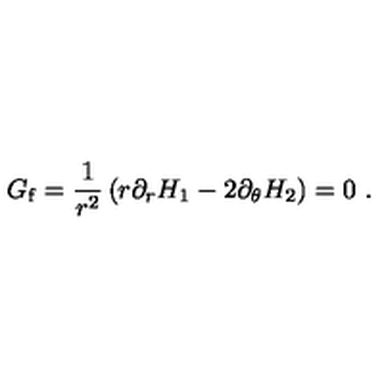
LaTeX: G _ { \mathrm { f } } = \frac { 1 } { r ^ { 2 } } \left( r \partial _ { r } H _ { 1 } - 2 \partial _ { \theta } H _ { 2 } \right) = 0 \ .